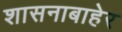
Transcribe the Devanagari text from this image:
शासनाबाहेर